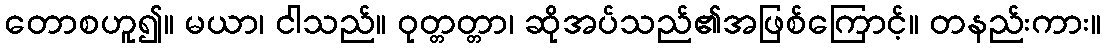
တောစဟူ၍။ မယာ၊ ငါသည်။ ဝုတ္တတ္တာ၊ ဆိုအပ်သည်၏အဖြစ်ကြောင့်။ တနည်းကား။